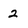
Character: 2